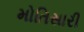
મોતિસારી